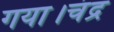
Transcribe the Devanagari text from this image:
गया।चंद्र